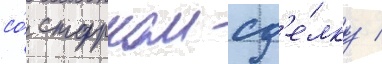
со́ старком сд'е́лку /